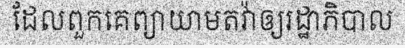
ដែលពួកគេព្យាយាមតវ៉ាឲ្យរដ្ឋាភិបាល